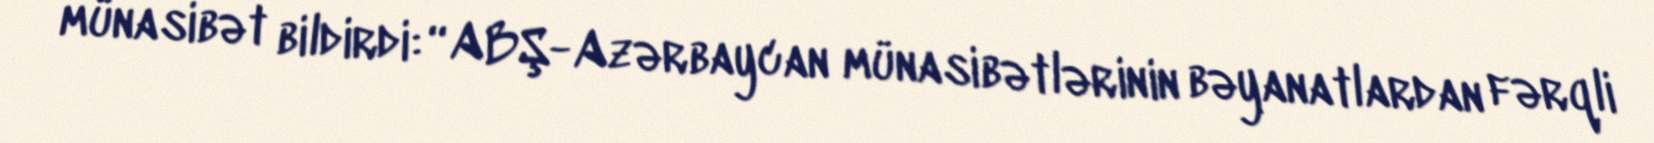
münasibət bildirdi: “ABŞ-Azərbaycan münasibətlərinin bəyanatlardan fərqli